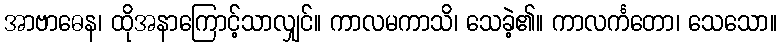
အာဗာဓေန၊ ထိုအနာကြောင့်သာလျှင်။ ကာလမကာသိ၊ သေခဲ့၏။ ကာလင်္ကတော၊ သေသော။